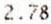
2.78